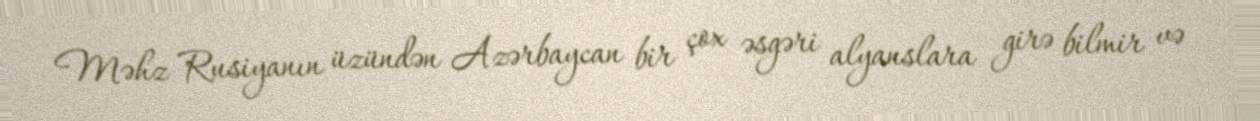
Məhz Rusiyanın üzündən Azərbaycan bir çox əsgəri alyanslara girə bilmir və